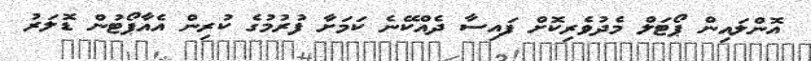
އޮންލައިން ޕޯޓަލް މެދުވެރިކޮށް ފައިސާ ދެއްކޭނެ ކަމަށާ ފުރުމުގެ ކުރިން އެއާޕޯޓުން ޑޮލަރު